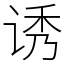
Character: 诱